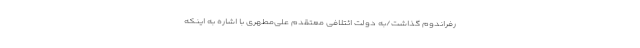
رفراندوم گذاشت/به دولت ائتلافی معتقدم علی‌مطهری با اشاره به اینکه